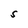
Character: S